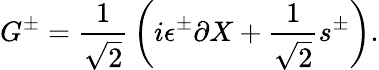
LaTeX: G^{\pm}={\frac{1}{\sqrt 2}}\left(i\epsilon^{\pm}\partial X+{\frac{1}{\sqrt 2}}s^{\pm}\right).